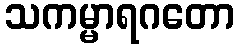
သကမ္မာရဂတော